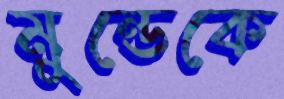
মুন্ডেকে